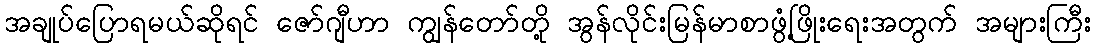
အချုပ်ပြောရမယ်ဆိုရင် ဇော်ဂျီဟာ ကျွန်တော်တို့ အွန်လိုင်းမြန်မာစာဖွံ့ဖြိုးရေးအတွက် အများကြီး